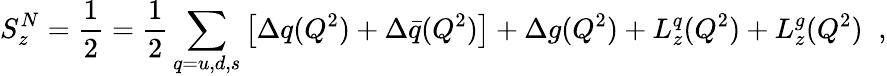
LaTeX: S_{z}^{N}=\frac{1}{2}=\frac{1}{2}\sum_{q=u,d,s}\left[\Delta q(Q^{2})+\Delta\bar{q}(Q^{2})\right]+\Delta g(Q^{2})+L_{z}^{q}(Q^{2})+L_{z}^{g}(Q^{2})\; \; ,